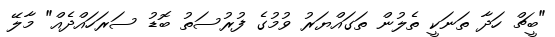
"ބީޗް ހަދާ ތަނަކީ ތެލުން ތަގައްޔަރު ވުމުގެ ފުރުސަތު ބޮޑު ސަރަހައްދެއް" މާލޭ